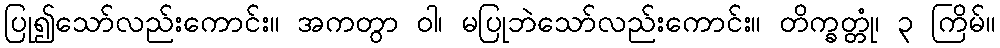
ပြု၍သော်လည်းကောင်း။ အကတွာ ဝါ၊ မပြုဘဲသော်လည်းကောင်း။ တိက္ခတ္တုံ၊ ၃ ကြိမ်။